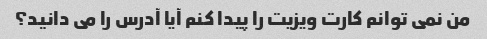
من نمی توانم کارت ویزیت را پیدا کنم آیا آدرس را می دانید؟